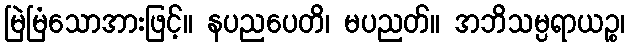
မြဲမြံသောအားဖြင့်။ နပညပေတိ၊ မပညတ်။ အဘိသမ္ပရာယဉ္စ၊